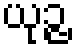
ယုဉ္ဇ